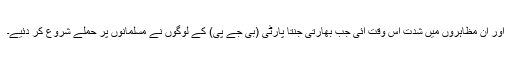
اور ان مظاہروں میں شدت اس وقت آئی جب بھارتی جنتا پارٹی (بی جے پی) کے لوگوں نے مسلمانوں پر حملے شروع کر دئیے۔